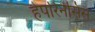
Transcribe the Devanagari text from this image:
हेपरिनेसिस